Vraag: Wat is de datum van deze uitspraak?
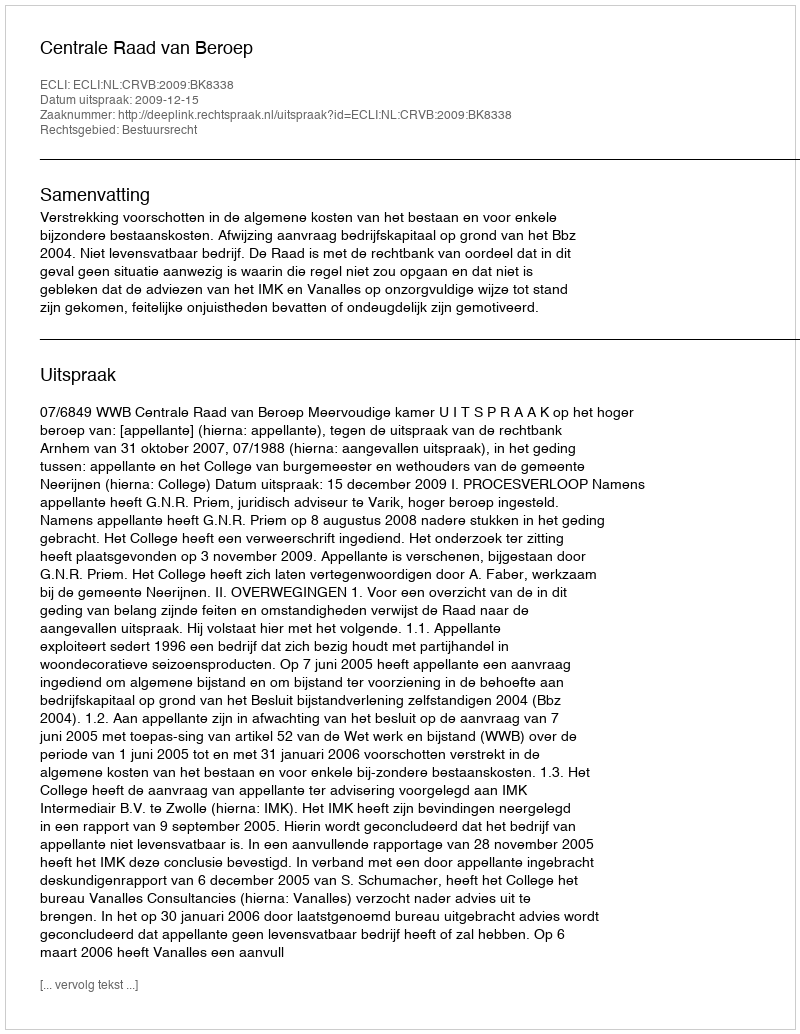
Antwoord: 2009-12-15